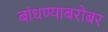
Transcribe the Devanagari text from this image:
बांधण्याबरोबर